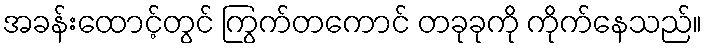
အခန်းထောင့်တွင် ကြွက်တကောင် တခုခုကို ကိုက်နေသည်။